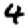
Digit: 4